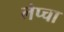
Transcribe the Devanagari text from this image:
लेप्‍चा